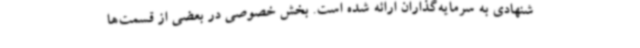
شنهادی به سرمایه‌گذاران ارائه شده است. بخش خصوصی در بعضی از قسمت‌ها